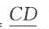
$\frac{CD}{}$